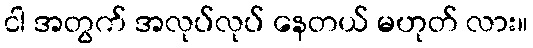
ငါ အတွက် အလုပ်လုပ် နေတယ် မဟုတ် လား။